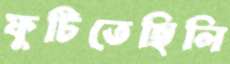
ফুটিতেছিলি